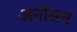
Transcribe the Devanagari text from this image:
अर्नासन